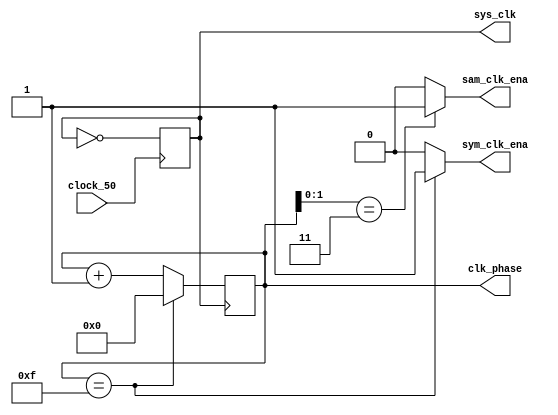
module clocks(
    input wire clock_50,
    output reg sys_clk, sam_clk_ena, sym_clk_ena,
    output reg [3:0] clk_phase
);

parameter EN = 1'b1;
parameter DISEN = 1'b0;

always @ (posedge clock_50)
    sys_clk <= ~sys_clk;

always @ (posedge sys_clk)
    if(clk_phase == 4'd15)
        clk_phase <= 4'd0;
    
    else
        clk_phase <= clk_phase + 4'd1;


always @ *
    if(clk_phase[1:0] == 2'b11)
        sam_clk_ena = EN;
    else
        sam_clk_ena = DISEN;

always @ *
    if(clk_phase == 4'hf)
        sym_clk_ena = EN;
    else
        sym_clk_ena = DISEN;
    

endmodule